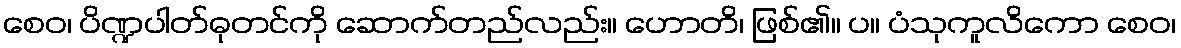
စေဝ၊ ပိဏ္ဍပါတ်ဓုတင်ကို ဆောက်တည်လည်း။ ဟောတိ၊ ဖြစ်၏။ ပ။ ပံသုကူလိကော စေဝ၊